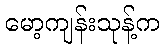
မော့ကျန်းသုန့်က